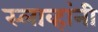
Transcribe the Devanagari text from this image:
स्लाव्हांनी